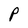
Character: P